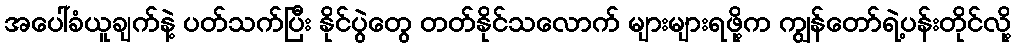
အပေါ်ခံယူချက်နဲ့ ပတ်သက်ပြီး နိုင်ပွဲတွေ တတ်နိုင်သလောက် များများရဖို့က ကျွန်တော်ရဲ့ပန်းတိုင်လို့